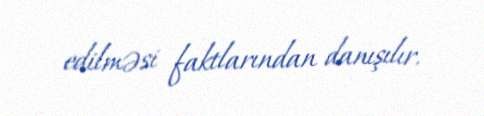
edilməsi faktlarından danışılır.